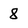
Character: 8